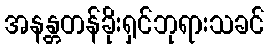
အနန္တတန်ခိုးရှင်ဘုရားသခင်